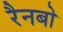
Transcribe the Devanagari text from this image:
रैनबो